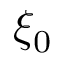
\xi _ { 0 }